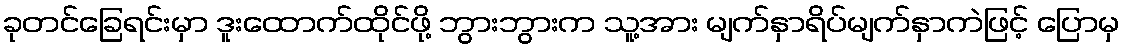
ခုတင်ခြေရင်းမှာ ဒူးထောက်ထိုင်ဖို့ ဘွားဘွားက သူ့အား မျက်နှာရိပ်မျက်နှာကဲဖြင့် ပြောမှ